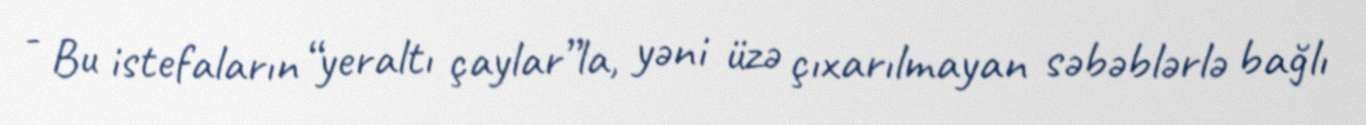
- Bu istefaların “yeraltı çaylar”la, yəni üzə çıxarılmayan səbəblərlə bağlı